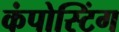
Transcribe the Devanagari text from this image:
कंपोस्टिंग